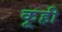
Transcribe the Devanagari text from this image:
कूही